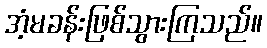
အံ့မခန်းဖြစ်သွားကြသည်။